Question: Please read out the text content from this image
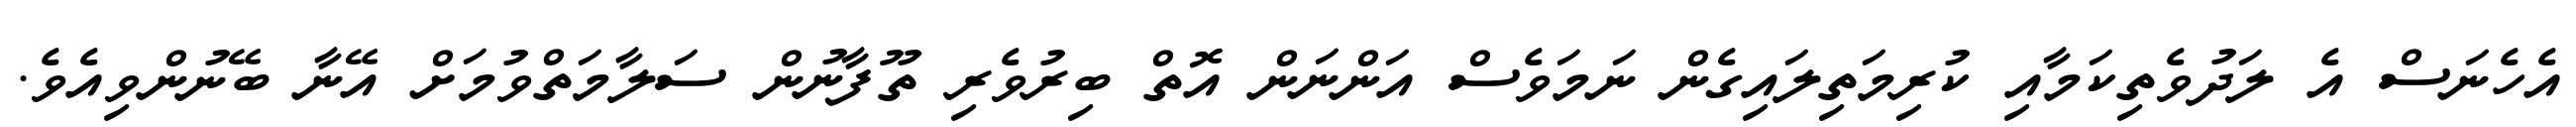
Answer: އެހެނަސް އެ ލަދުވެތިކަމާއި ކުރިމަތިލައިގެން ނަމަވެސް އަންނަން އޮތް ބިރުވެރި ތޫފާނުން ސަލާމަތްވުމަށް އޭނާ ބޭނުންވިއެވެ.